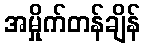
အမှိုက်တန်ချိန်